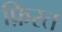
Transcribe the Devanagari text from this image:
फ़िरत